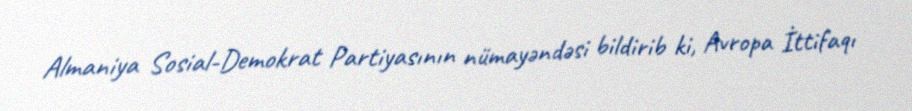
Almaniya Sosial-Demokrat Partiyasının nümayəndəsi bildirib ki, Avropa İttifaqı